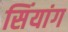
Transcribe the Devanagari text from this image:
सिंयांग